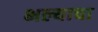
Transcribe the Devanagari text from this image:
भल्याचा